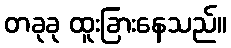
တခုခု ထူးခြားနေသည်။